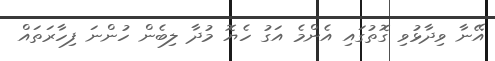
އޭނާ ވިދާޅުވި ގޮތުގައި އެންމެ އަގު ހެޔޮ މުދާ ލިބެން ހުންނަ ފިހާރަތައް